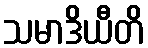
သမာဒိယီတိ